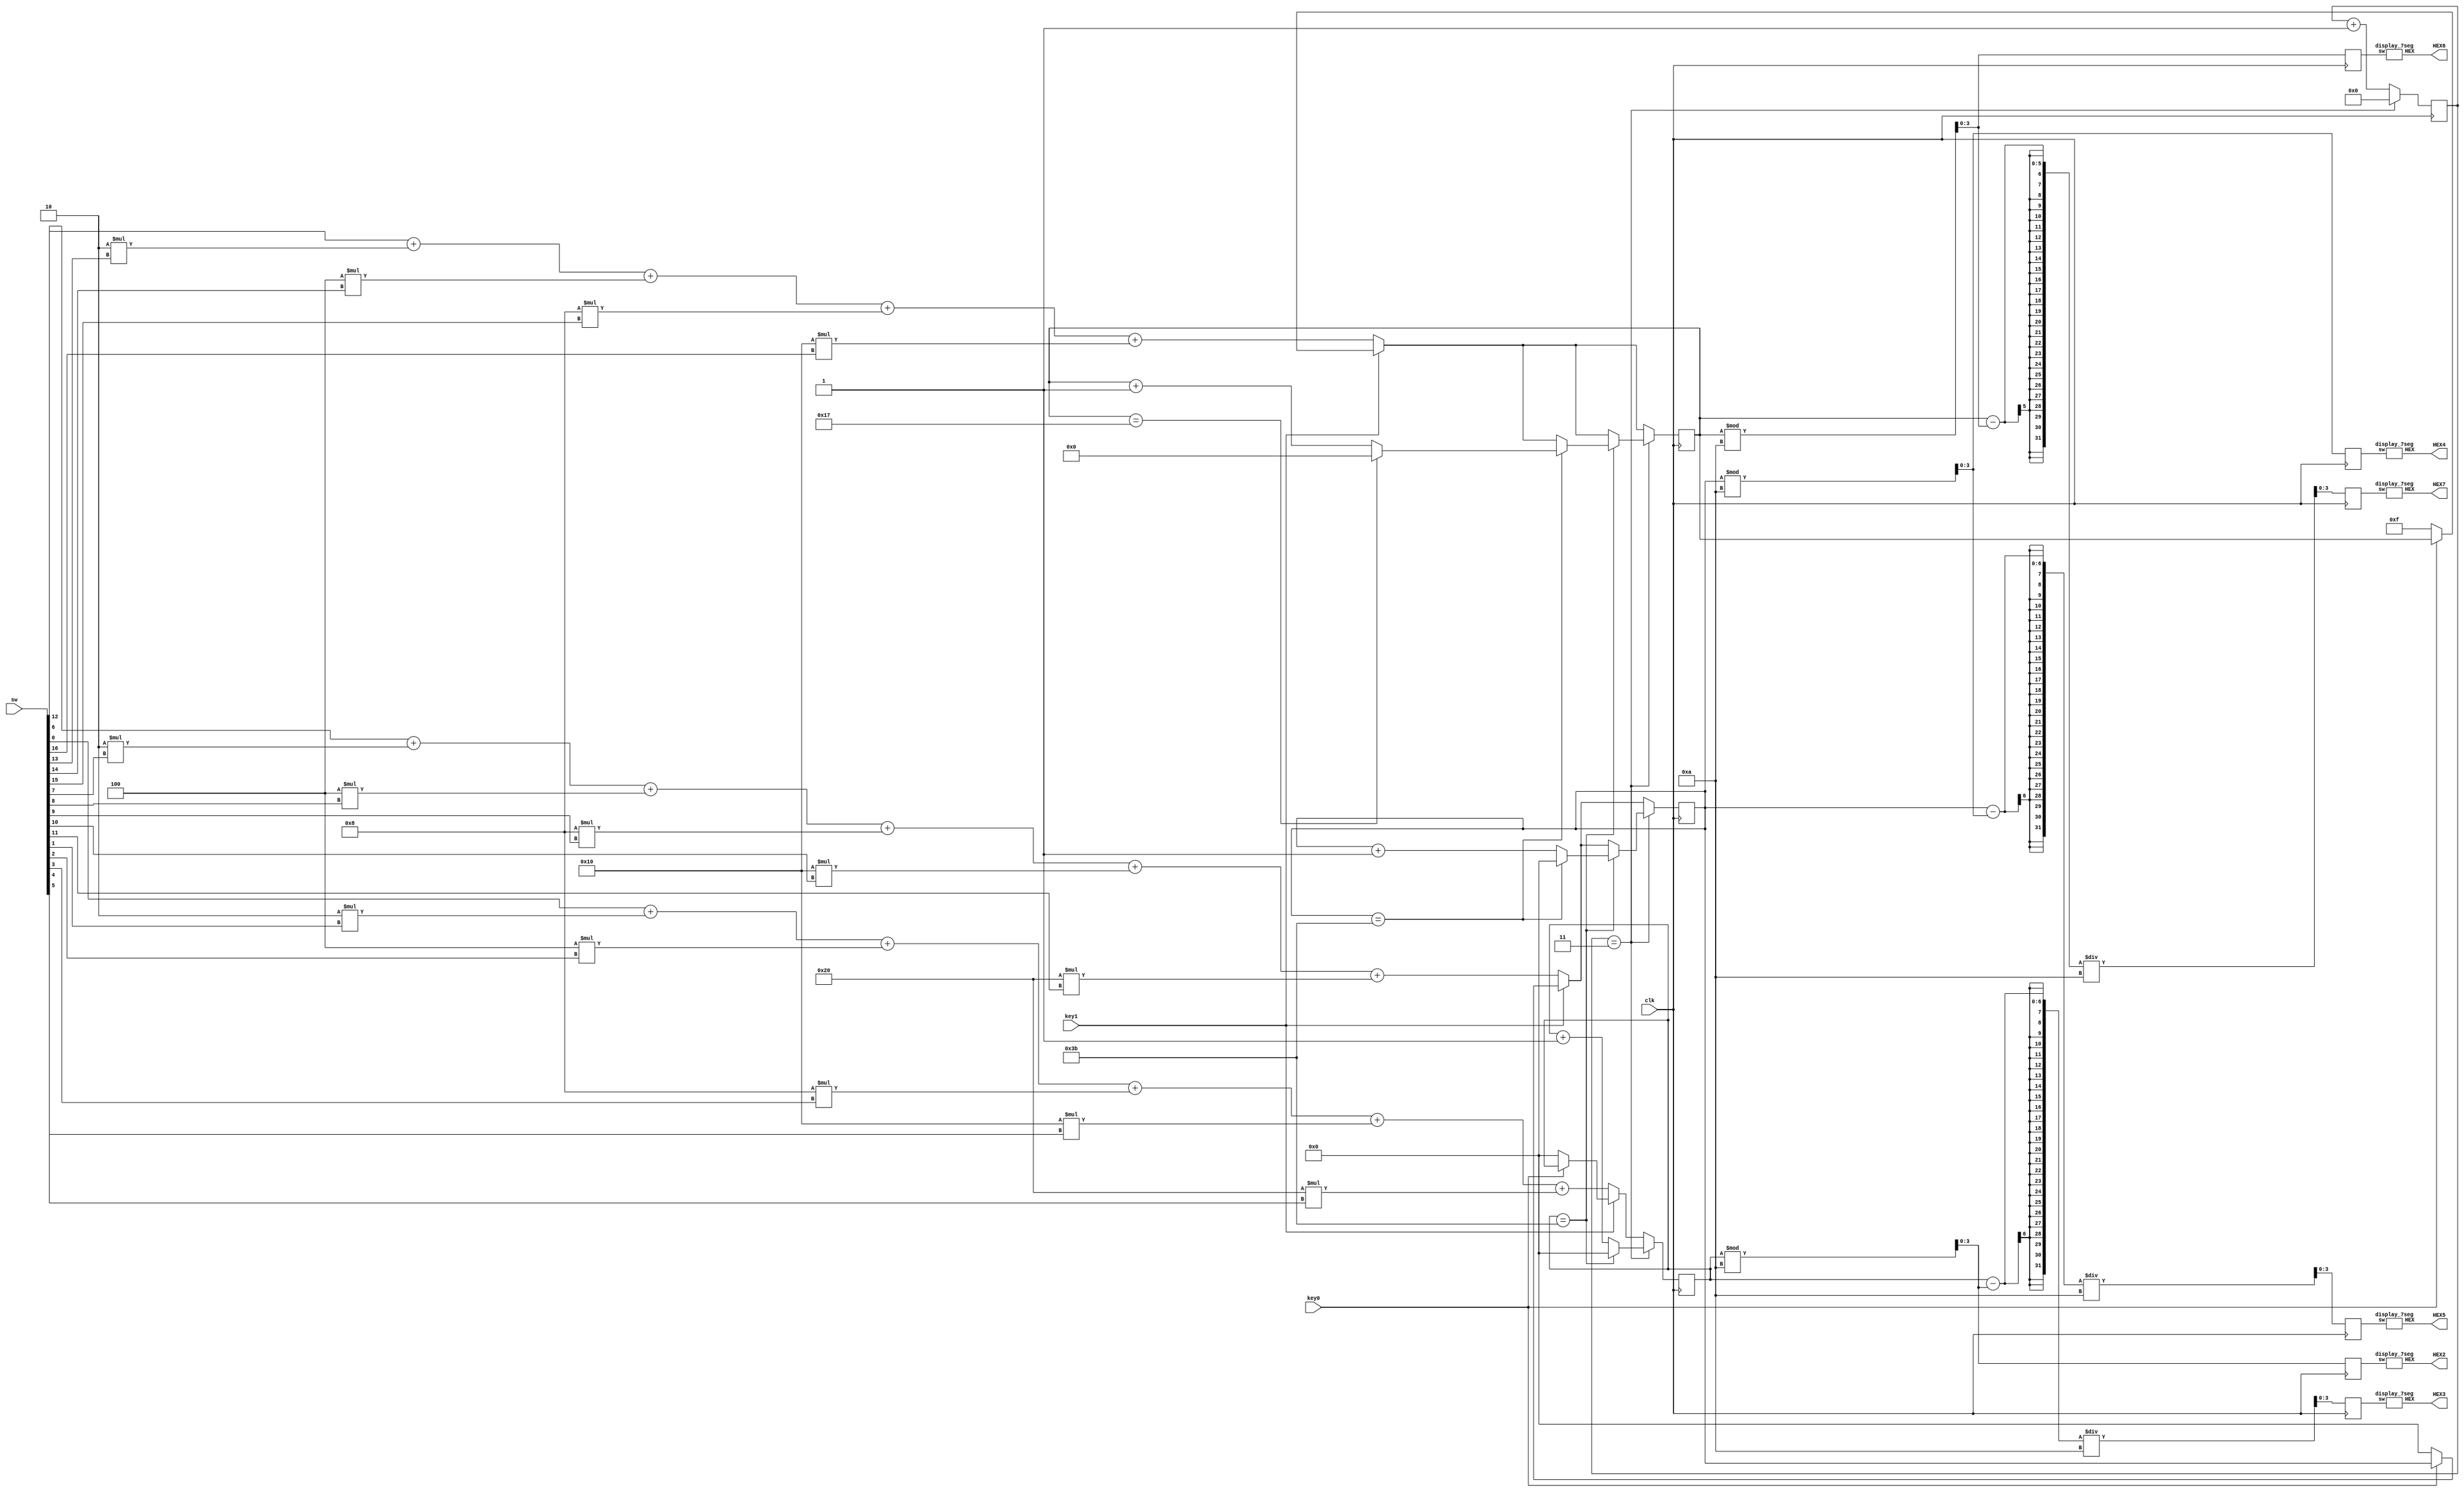
module L7part2(key0,key1,clk,sw,HEX2,HEX3,HEX4,HEX5,HEX6,HEX7);

	input key0,key1,clk; //key0 : reset key1 : sw
	input [16:0]sw;
	output [0:6] HEX2,HEX3,HEX4,HEX5,HEX6,HEX7;
	reg [4:0] hour;
	reg [5:0] minute, second;
	reg [25:0] cnt;
	reg [3:0] h1,h0,m1,m0,s1,s0;
	//HEX7-6 : hour HEX5-4: minute HEX 3-2: second
	
	display_7seg d2(s0,HEX2);
	
	
	initial begin
	hour = 15;
	minute = 0;
	second = 0;
	cnt = 0;
	end
	
	always @(posedge clk) begin
	
		cnt <= cnt + 1;
		
		if(key0 == 0) begin
			hour <= 15;
			minute <= 0;
			second <= 0;
		
		end
		
		if(key1 ==0) begin
		hour <= sw[12] + 2*sw[13] + 4*sw[14] + 8*sw[15] + 16*sw[16];
		minute <= sw[6] + 2*sw[7] + 4*sw[8] + 8*sw[9] + 16*sw[10] + 32*sw[11];
		second <= sw[0] + 2*sw[1] + 4 *sw[2] + 8*sw[3] + 16*sw[4] + 32 *sw[5];
		
		end
		
		if(cnt == 3) begin
			second <= second + 1;
			if(second == 59) begin
				minute <= minute + 1;
				second <= 0;
				if(minute ==59) begin
					hour <= hour + 1;
					minute <=0;
					if(hour ==23)
						hour <= 0;
				end
			end
			
			cnt <= 0;
		end
		
		h0 = hour % 10;
		h1 = (hour - h0) / 10;
		
		m0 = minute % 10;
		m1 = (minute - m0) / 10;
		
		s0 = second % 10;
		s1 = (second - s0) / 10;
	end
	
	display_7seg d7(h1,HEX7);
	display_7seg d6(h0,HEX6);
	display_7seg d5(m1,HEX5);
	display_7seg d4(m0,HEX4);
	display_7seg d3(s1,HEX3);
	
endmodule

module display_7seg(sw,HEX);

	input [3:0] sw;
	output [0:6]HEX;
	
	assign HEX = (sw == 4'b0000) ? 7'b0000001: //0
					 (sw == 4'b0001) ? 7'b1001111: //1
					 (sw == 4'b0010) ? 7'b0010010: //2
					 (sw == 4'b0011) ? 7'b0000110: //3
					 (sw == 4'b0100) ? 7'b1001100: //4
					 (sw == 4'b0101) ? 7'b0100100: //5
					 (sw == 4'b0110) ? 7'b0100000: //6
					 (sw == 4'b0111) ? 7'b0001101: //7
					 (sw == 4'b1000) ? 7'b0000000: //8
					 (sw == 4'b1001) ? 7'b0000100: //9
											 7'b1111111;
	
endmodule